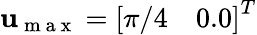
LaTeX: \mathbf{u}_{\mathrm{~m~a~x~}}=\left[\begin{array}{ll}{\pi/4}&{0.0}\end{array}\right]^{T}